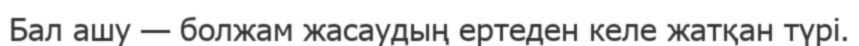
Бал ашу — болжам жасаудың ертеден келе жатқан түрі.